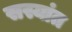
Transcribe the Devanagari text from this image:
सस्यांत